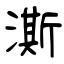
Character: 澌